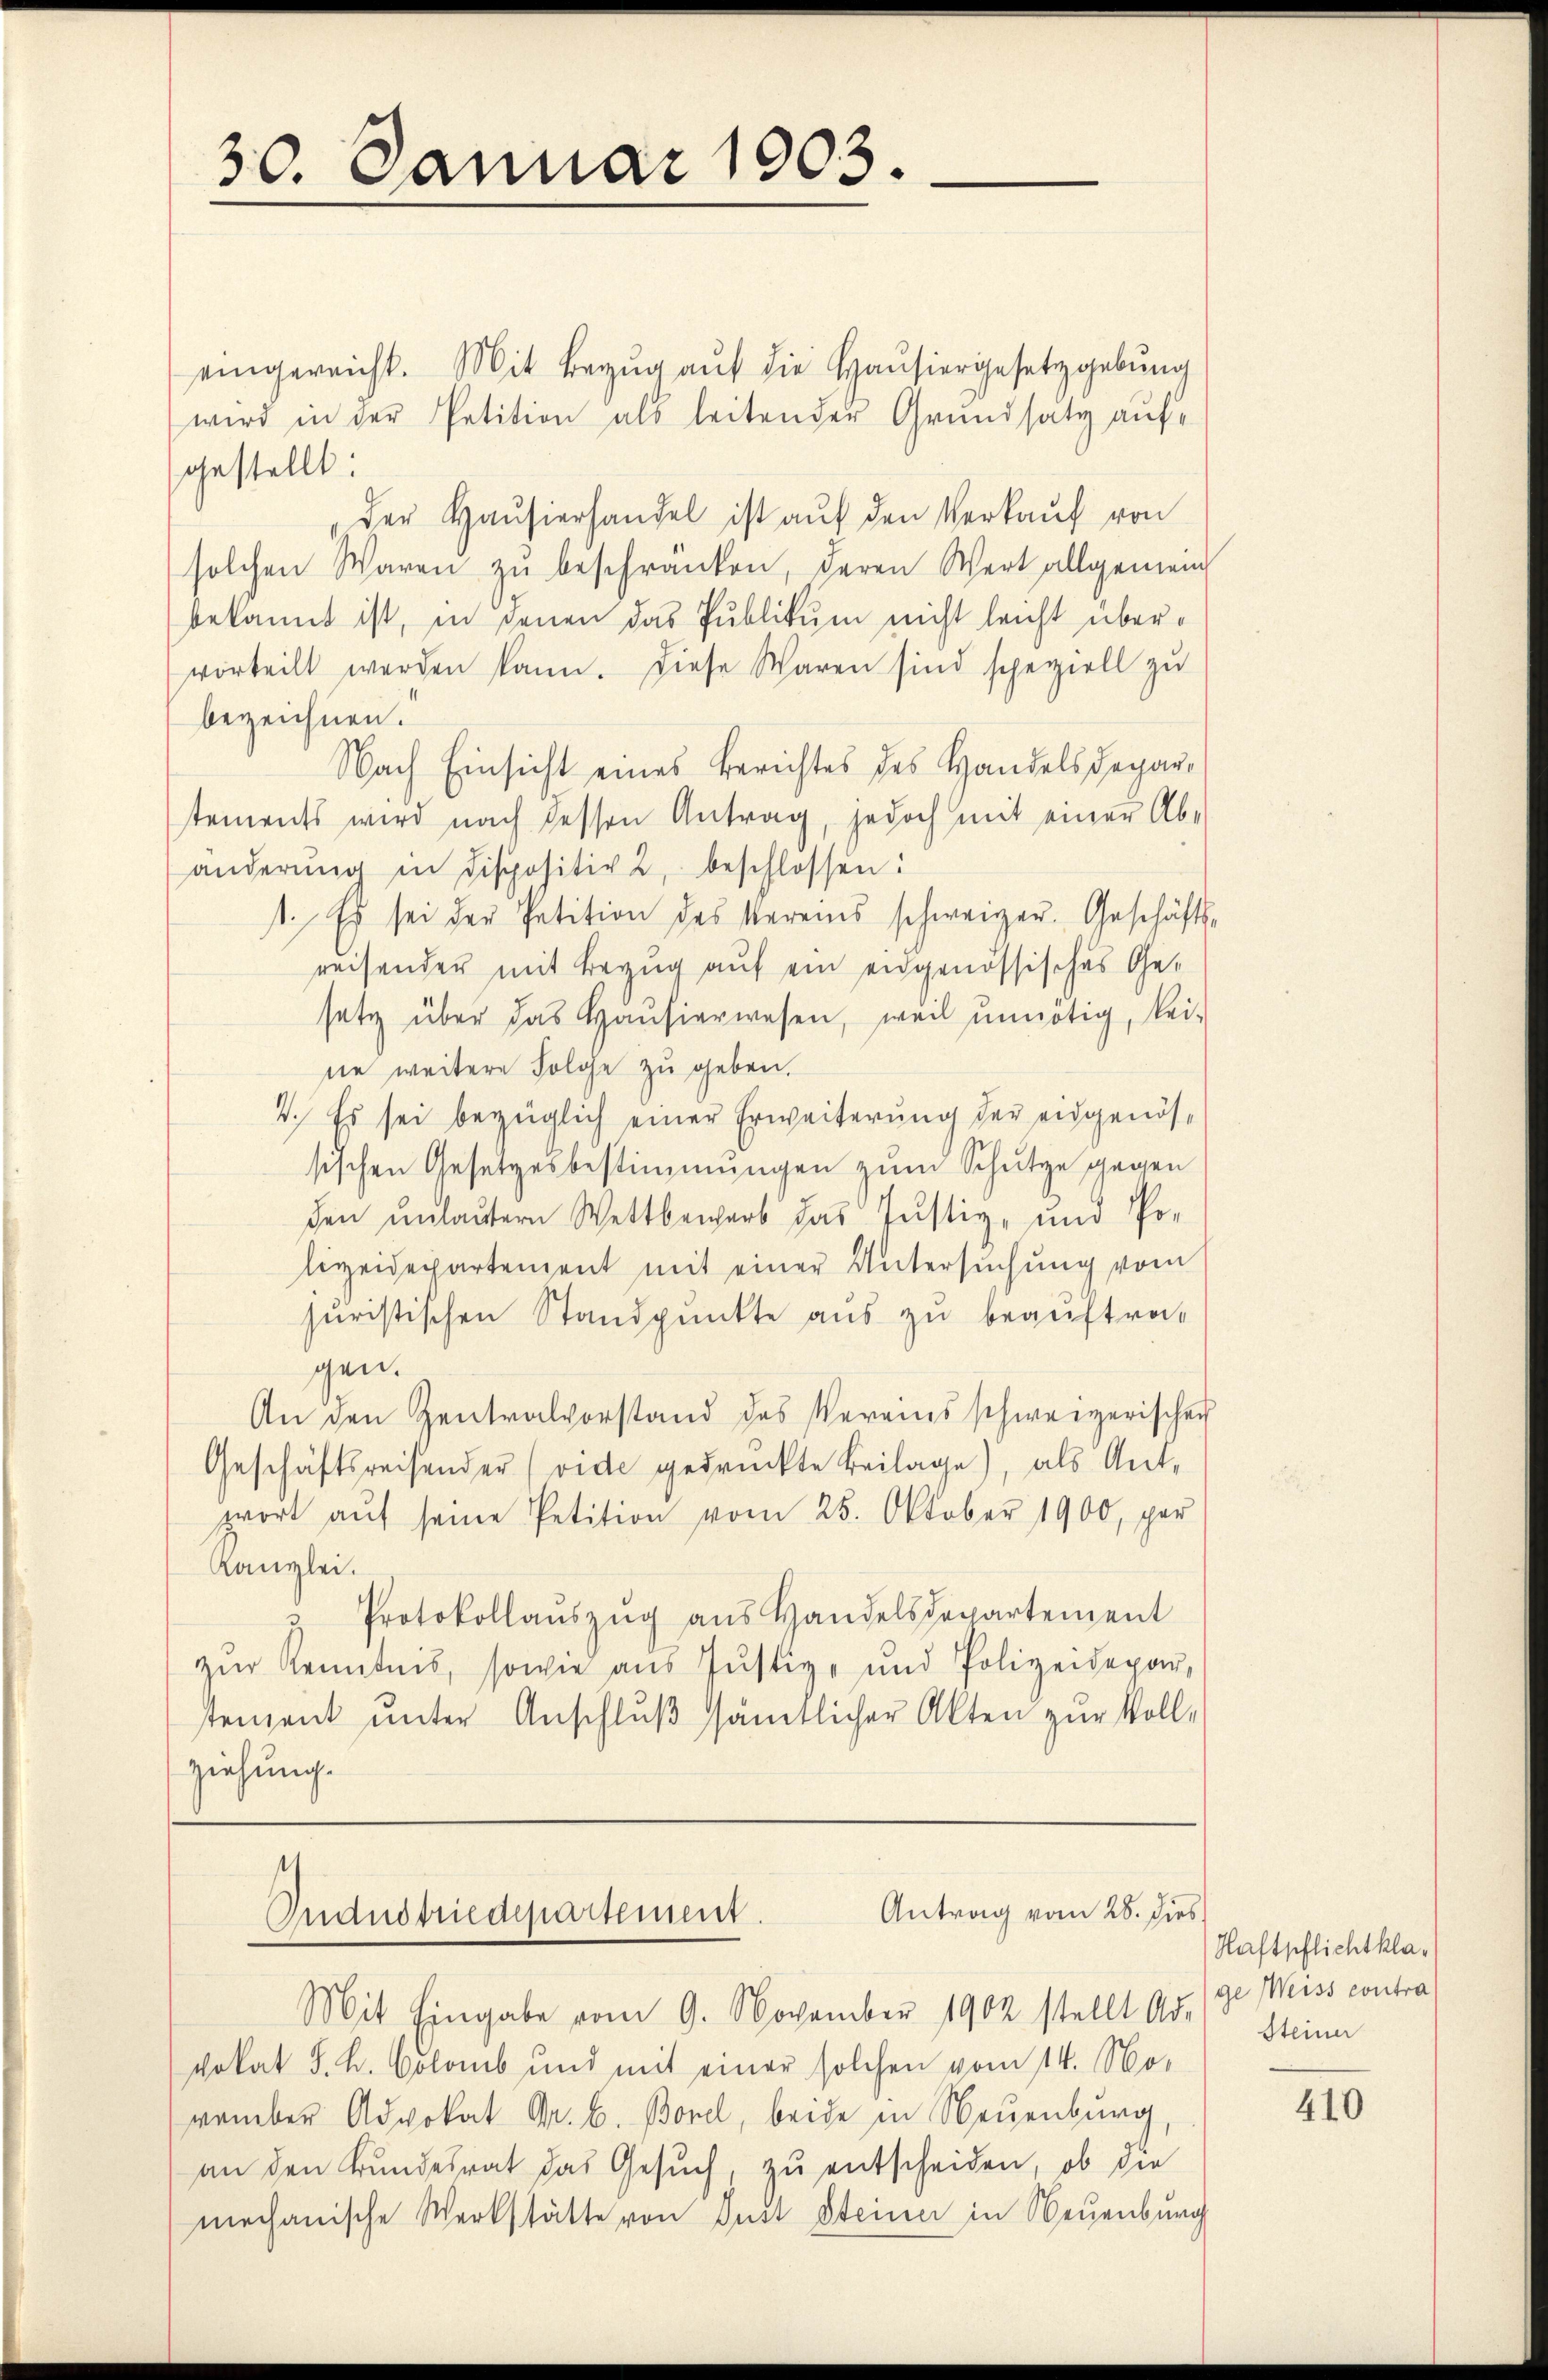
30. Januar 1903.

eingereicht. Mit Bezug auf die Hausiergesetzgebung
wird in der Petition als leitender Grundsatz aufgestellt.
der Hausierhandel ist auf den Verkauf von
solchen Waren zŭ beschränken, deren Wert allgemein
bekannt ist, in jenen das Publikum nicht leicht übervorteilt werden kann. Diese Waren sind speziell zu
bezeichnen.
Nach Einsicht eines Berichtes des Handelsdepar-
stements wird nach dessen Antrag, jedoch mit einer Ab-
änderŭng in dispositiv 2, beschlossen:
1. Es sei der Petition des Vereins schweizer. Geschäfts-
reisender mit Bezug auf ein eidgenössisches Gesetz über das Haŭsiarwesen, weil unnötig, kei-
ne weitere solche zu geben.
V. Es sei bezüglich einer Erweiterung der eidgenössischen Gesetzesbestimmungen zum Schutze gegen
den unlautern Wettbewerb das Justiz- und Polizeidepartement mit einer Untersuchung vom
juristischen Standpunkte aus zu beauftragen.
An den Zentralvorstand des Vereins schweizerischen
Geschäftsreisender (vide gedrückte Beilage), als Ant-
wort aŭf seine Petition vom 25. Oktober 1900, per
Kanzlei.
" Protokollaŭszŭg ans Handelsdepartement
zŭr Kenntnis, sowie aus Justiz- und Polizeidepar-
tenzent unter Anschluß sämtlicher Akten zur Vollziehung.

Mit Eingabe vom 9. November 1902 stellt Ad-
vokat J. L. Colomb und mit einer solchen vom 14. No-
vember Advokat Dr. C. Borel, beide in Neuenburg,
an den Bundesrat das Gesuch, zu entscheiden, ob die
mechanische Werkstätte von Just Steiner in Neuenburg

Antrag vom 28. dies
Industriedepartement.

Haftpflichtklage Weiss contra
Steiner

410